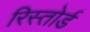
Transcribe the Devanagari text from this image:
रिस्तोर्ड